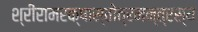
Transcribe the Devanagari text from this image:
श्रीरामरक्षास्तोत्रमन्त्रस्य